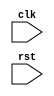
module reset_logic (
    input wire clk,
    input wire rst,
    // other input/output ports
    ); 

    // Declare your reset logic
    always @ (negedge rst) begin
        // Code block triggered on negative edge of rst signal
        // Reset initialization process
    end

endmodule